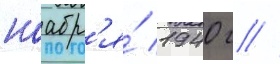
ноабр'я́ 1940 г //